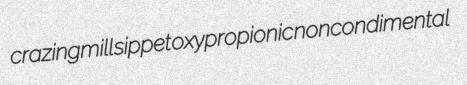
crazingmill sippet oxypropionic noncondimental